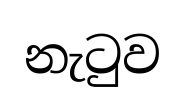
නැටුව